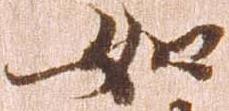
如